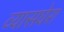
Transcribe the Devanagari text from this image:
व्यासघेरा